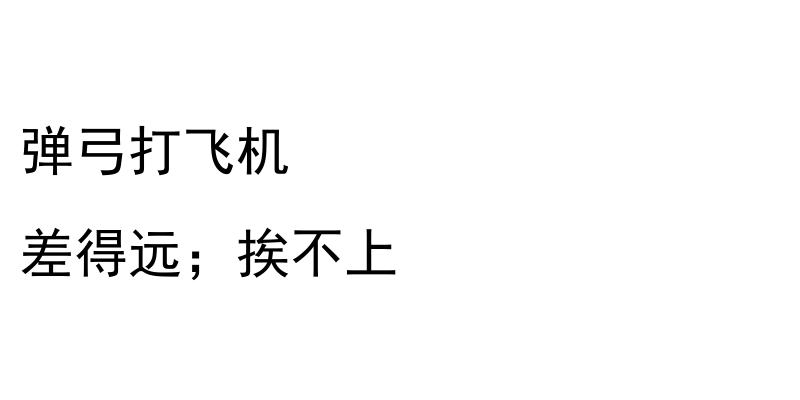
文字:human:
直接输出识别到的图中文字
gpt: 弹弓打飞机 差得远；挨不上